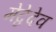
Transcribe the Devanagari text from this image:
मेद्वेदेव